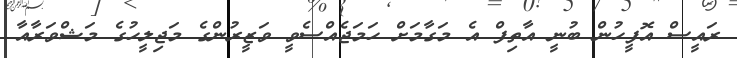
ރައީސް އޮފީހުން ބުނީ އާތިފް އެ މަގާމަށް ހަމަޖެއްސެވީ ވަޒީރުންގެ މަޖިލީހުގެ މަޝްވަރާއާ